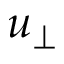
u _ { \perp }